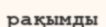
рақымды